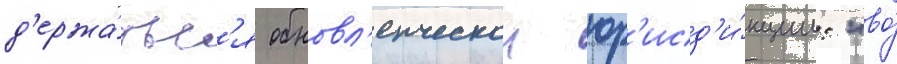
д'ержа́тьс'я обновл'енческои юр'исд'и́кции: "во́